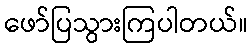
ဖော်ပြသွားကြပါတယ်။